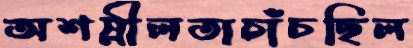
অশস্নীলতাচাঁচছিল